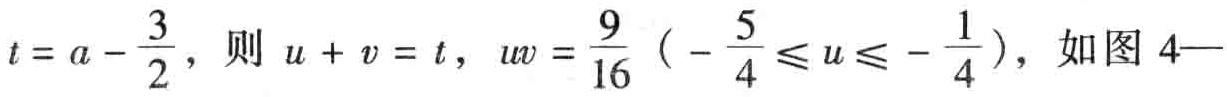
$t = a - \frac{3}{2}，则\ u + v = t，uv = \frac{9}{16}\ (-\frac{5}{4} \leq u \leq -\frac{1}{4})，如图4—$